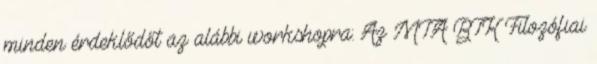
minden érdeklődőt az alábbi workshopra: Az MTA BTK Filozófiai